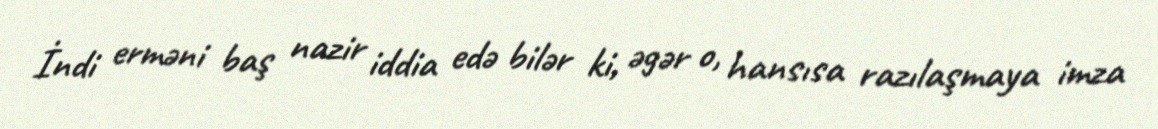
İndi erməni baş nazir iddia edə bilər ki, əgər o, hansısa razılaşmaya imza